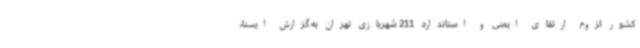
کشور لزوم ارتقای ایمنی و استاندارد 211 شهربازی تهران به گزارش ایسنا،